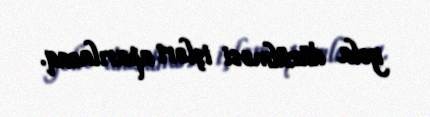
yola düzülməsi işləri aparılacaq.